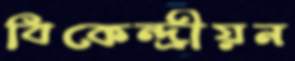
বিকেন্দ্রীয়ন